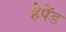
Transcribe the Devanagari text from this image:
हेपेंड